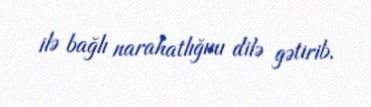
ilə bağlı narahatlığını dilə gətirib.